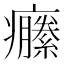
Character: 𤼆